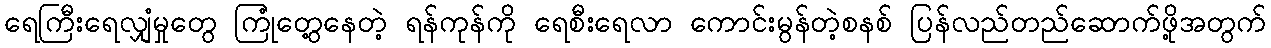
ရေကြီးရေလျှံမှုတွေ ကြုံတွေ့နေတဲ့ ရန်ကုန်ကို ရေစီးရေလာ ကောင်းမွန်တဲ့စနစ် ပြန်လည်တည်ဆောက်ဖို့အတွက်